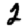
Digit: 2